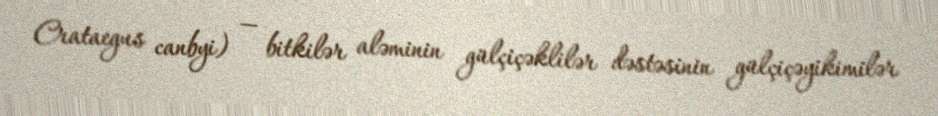
Crataegus canbyi) — bitkilər aləminin gülçiçəklilər dəstəsinin gülçiçəyikimilər